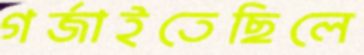
গর্জাইতেছিলে